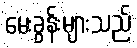
မေးခွန်းများသည်